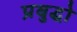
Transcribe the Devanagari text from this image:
प्रबुद्धो